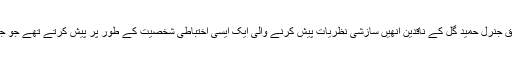
بی بی سی کے نامہ نگار شاہ زیب جیلانی کے مطابق جنرل حمید گل کے ناقدین انھیں سازشی نظریات پیش کرنے والی ایک ایسی اختباطی شخصیت کے طور پر پیش کرتے تھے جو جمہوری سیاست کا احترام کرنے کے قائل نہیں تھے۔